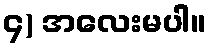
၄) အလေးမပါ။